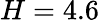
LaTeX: H=4.6